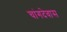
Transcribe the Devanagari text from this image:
चांगदेवास